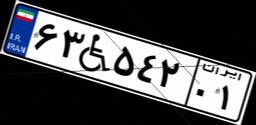
۶۳W۵۴۲۰۱